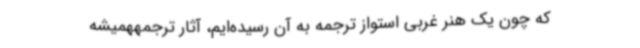
که چون یک هنر غربی استواز ترجمه به آن رسیده‌ایم، آثار ترجمههمیشه